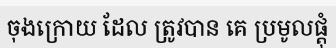
ចុងក្រោយ ដែល ត្រូវបាន គេ ប្រមូលផ្តុំ